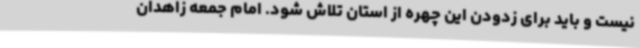
نیست و باید برای زدودن این چهره از استان تلاش شود. امام جمعه زاهدان